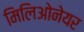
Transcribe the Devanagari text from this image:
मिलिओनेयर